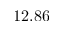
1 2 . 8 6